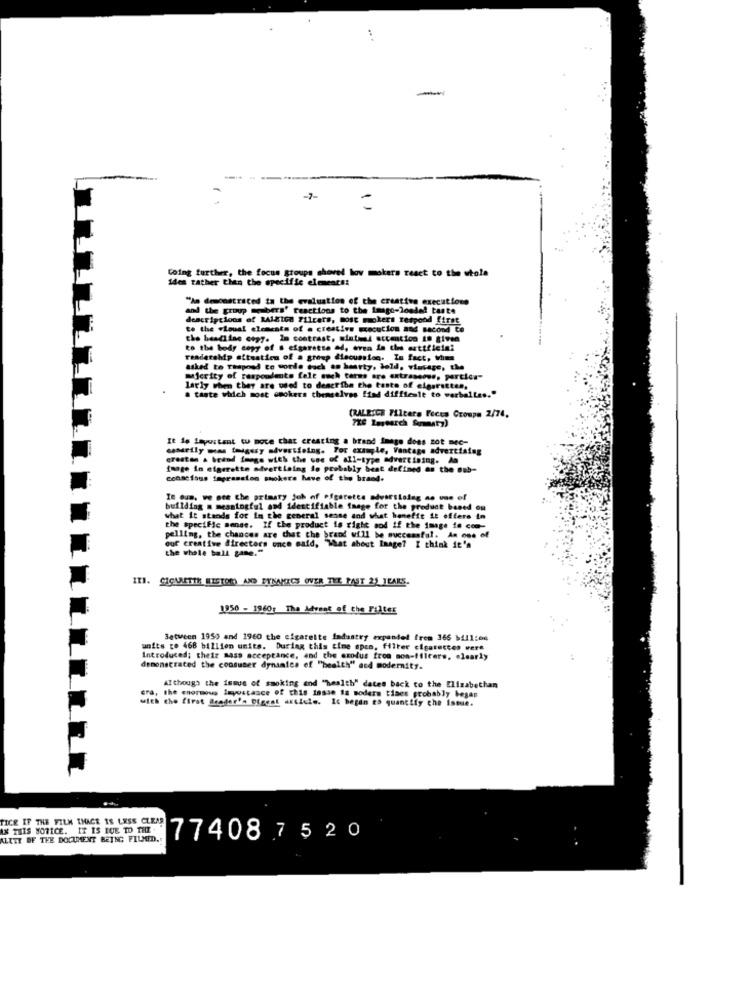
.. .
-
-7-
=
Going further, the focus groups shoved lov mokers react to the utola
ides rather then the specific elements:
"Am demonstrated ta the evaluation of the creative executions
and the group members' reactions to the image-loaded taste
descriptions of Bizton Filcers, most mokers respond first
to the visual elements of a creative Execution and Bacond to
the headline copy. In contrast, siatmad attention to give
of . cigarette ad, even in che artificial
readership situation of a group discussion. In fact, when
asked to Thepond to worde euch an hearty, bold, vintage, the
micrity of respondents fele auch terms are extraseoss, particu"
Larly when they are used to describe the taste of cigarettes,
& tante which most smokers themselves find difficult to verballes.
(RALEIGH Filters Focus Croupa 2/74,
THE Imstarch forty)
It is Important to move that creating a brand image does not nec-
casarily mu togssy advertising. For example, Vantage advertising
crestas . brand image with the one of all-type advertising. An
image in eigerette advertising is probably beat defined as the sub-
ccomefous tegranaino smokers have of the brand.
In cum. we ote the primary joh of Pfgarette advertising as one of
building m meaningful and identifiable image for the product bened ou
what it stands for in the general sense and what benefit it offers in
the specific sense. If the product is right sod if the image is com-
pelling, the chances are that the brand will be successful. As one of
the whole ball game."
our creative directors once said, "What about Image? I think it's
III. CICULETTE RISTOR) AND EYNAMICS OVER THE PAST 21 TEARS.
1950 - 1960: The Advent of the Filter
Between 1950 and 1960 the cigarette industry expandel frem 366 b111:04
units to 468 billion units. During this time spro, filter cigarettes were
Introduced; their sass acceptance. 400
demonstrated the consumer dynamics of "health" acd modernity.
fes of "health" and modernity.
Although the issue of smoking and "health" dates back to the Elizabethan
with the first Reader's Digest article. Ic began es quantify che issue.
cra, the enormous impostasce of this insan ia moders tises probably began
TICE IF THE FILM IHACE IS LESS CLEAR
AX THIS NOTICE. IT IS DUE TO THE
ALITY OF THE DOCUMENT BEING FILED ..
77408 7520